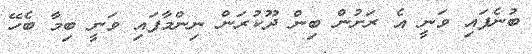
ބުނެފައި ވަނީ އެ ރަށުން ބިން ދޫކުރަން ނިންމާފައި ވަނީ ބިމާ ބެހޭ